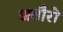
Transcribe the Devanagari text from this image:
अतौरो